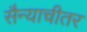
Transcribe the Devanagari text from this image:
सैन्याचीतर